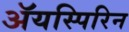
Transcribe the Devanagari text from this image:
ॲयस्पिरिन